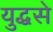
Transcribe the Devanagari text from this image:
युद्धसे